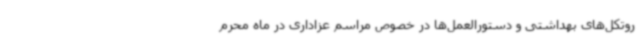
روتکل‌های بهداشتی و دستورالعمل‌ها در خصوص مراسم عزاداری در ماه محرم